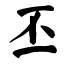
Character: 丕